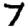
Digit: 7